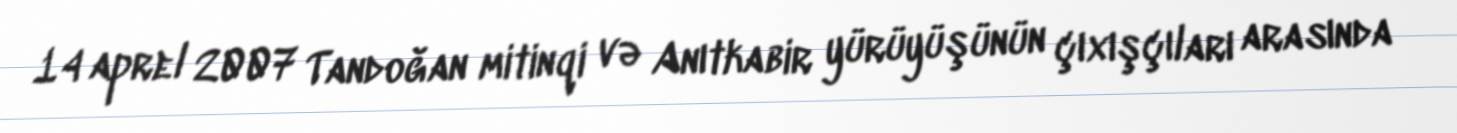
14 aprel 2007 Tandoğan mitinqi və Anıtkabir yürüyüşünün çıxışçıları arasında